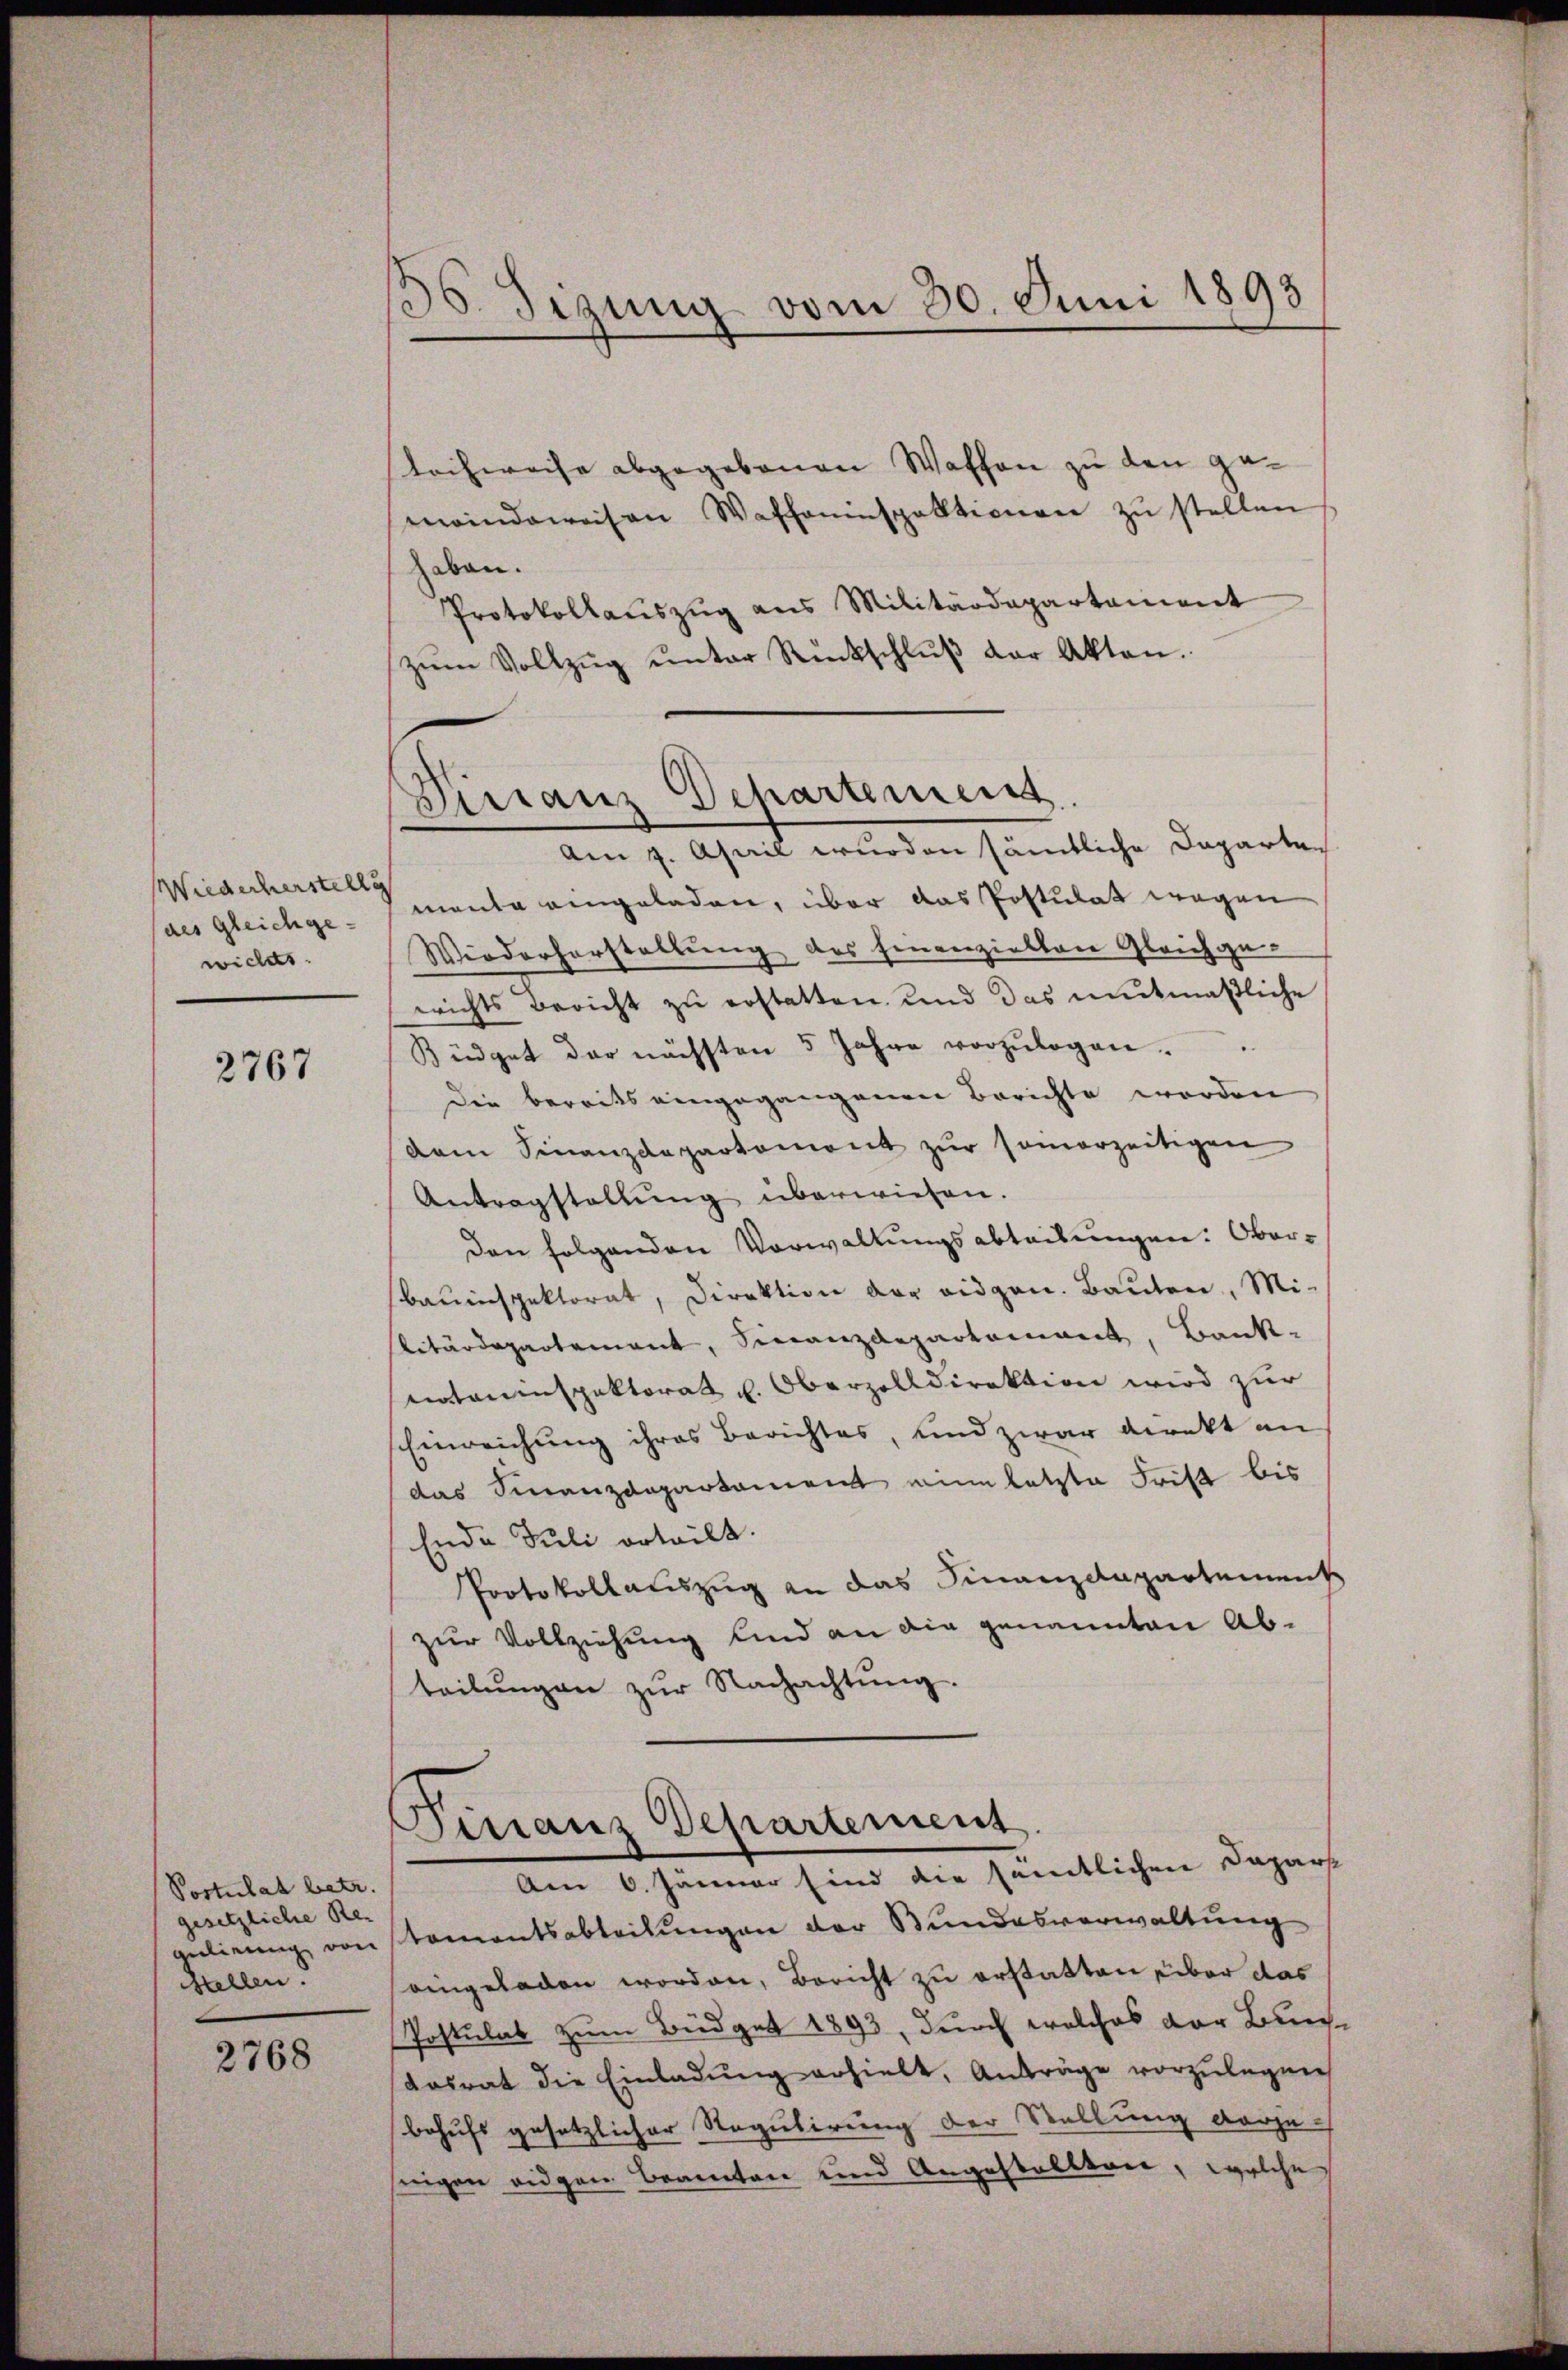
(des Gleichgewicles

2767

Postulat betr.
gesetzliche Re-
stellen.

2768

36. Sizung vom 30. Juni 1893

Tachweise abgegebenen Waffen zu den gemindeweisen Waffeninspektionen zŭ stellen
haben.
Protokollauszug aus Militärdepartement
zŭm Vollzŭg ŭnter Rückschlŭβ der Akten.
Am 4. April wurden sämtliche Daparten
Wiederherr manta eingeladen, über das Postulat wegen
Wiederherstellung des Finanziellen Gleichgewichts Bericht zŭ erstatten, und das mutmaßliche
Büdget der nächsten 5 Jahre vorzŭlegen.
Die bereits eingegangenen Berichte worden
dam Finanzdepartement zŭr samerzeitigen
Antragstellŭng überwiesen.
den folgenden Vorwaltungsabtribungen: Oberbauinspektorat, Direktion der eidgen. Bauten, Mi-
litärdepartement, Finanzdepartement, Bank-
otaninspektorat u. Oberzolldirektion wird zur
Einreichung ihres Berichtes, und zwar direkt an
das Finanzdepartament eine letzte Frist bis
Ende Juli erteilt.
Protokollauszug an das Finanzdepartement
zur Vollziehung sind an die genannten Abteilŭngen zŭr Nachachtŭng.
Finanz Departement.
Am 6. Jänner sind die sämtlichen Dapars
gelierung von stamentsabteilungen der Bundesverwaltung
eingeladen worden, Bericht zu erstatten über das
Postulat zum Büdget 1893, durch welches der Bundosrat die Einladung erhielt, Anträge vorzulegen
behufs gesetzlicher Regulirung der Stellung derjeseigen eidgen Beamten und Angestallten, welche

Dirranz Departement